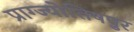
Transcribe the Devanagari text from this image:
प्राग्ज्योतिषपुर